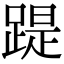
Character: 踶